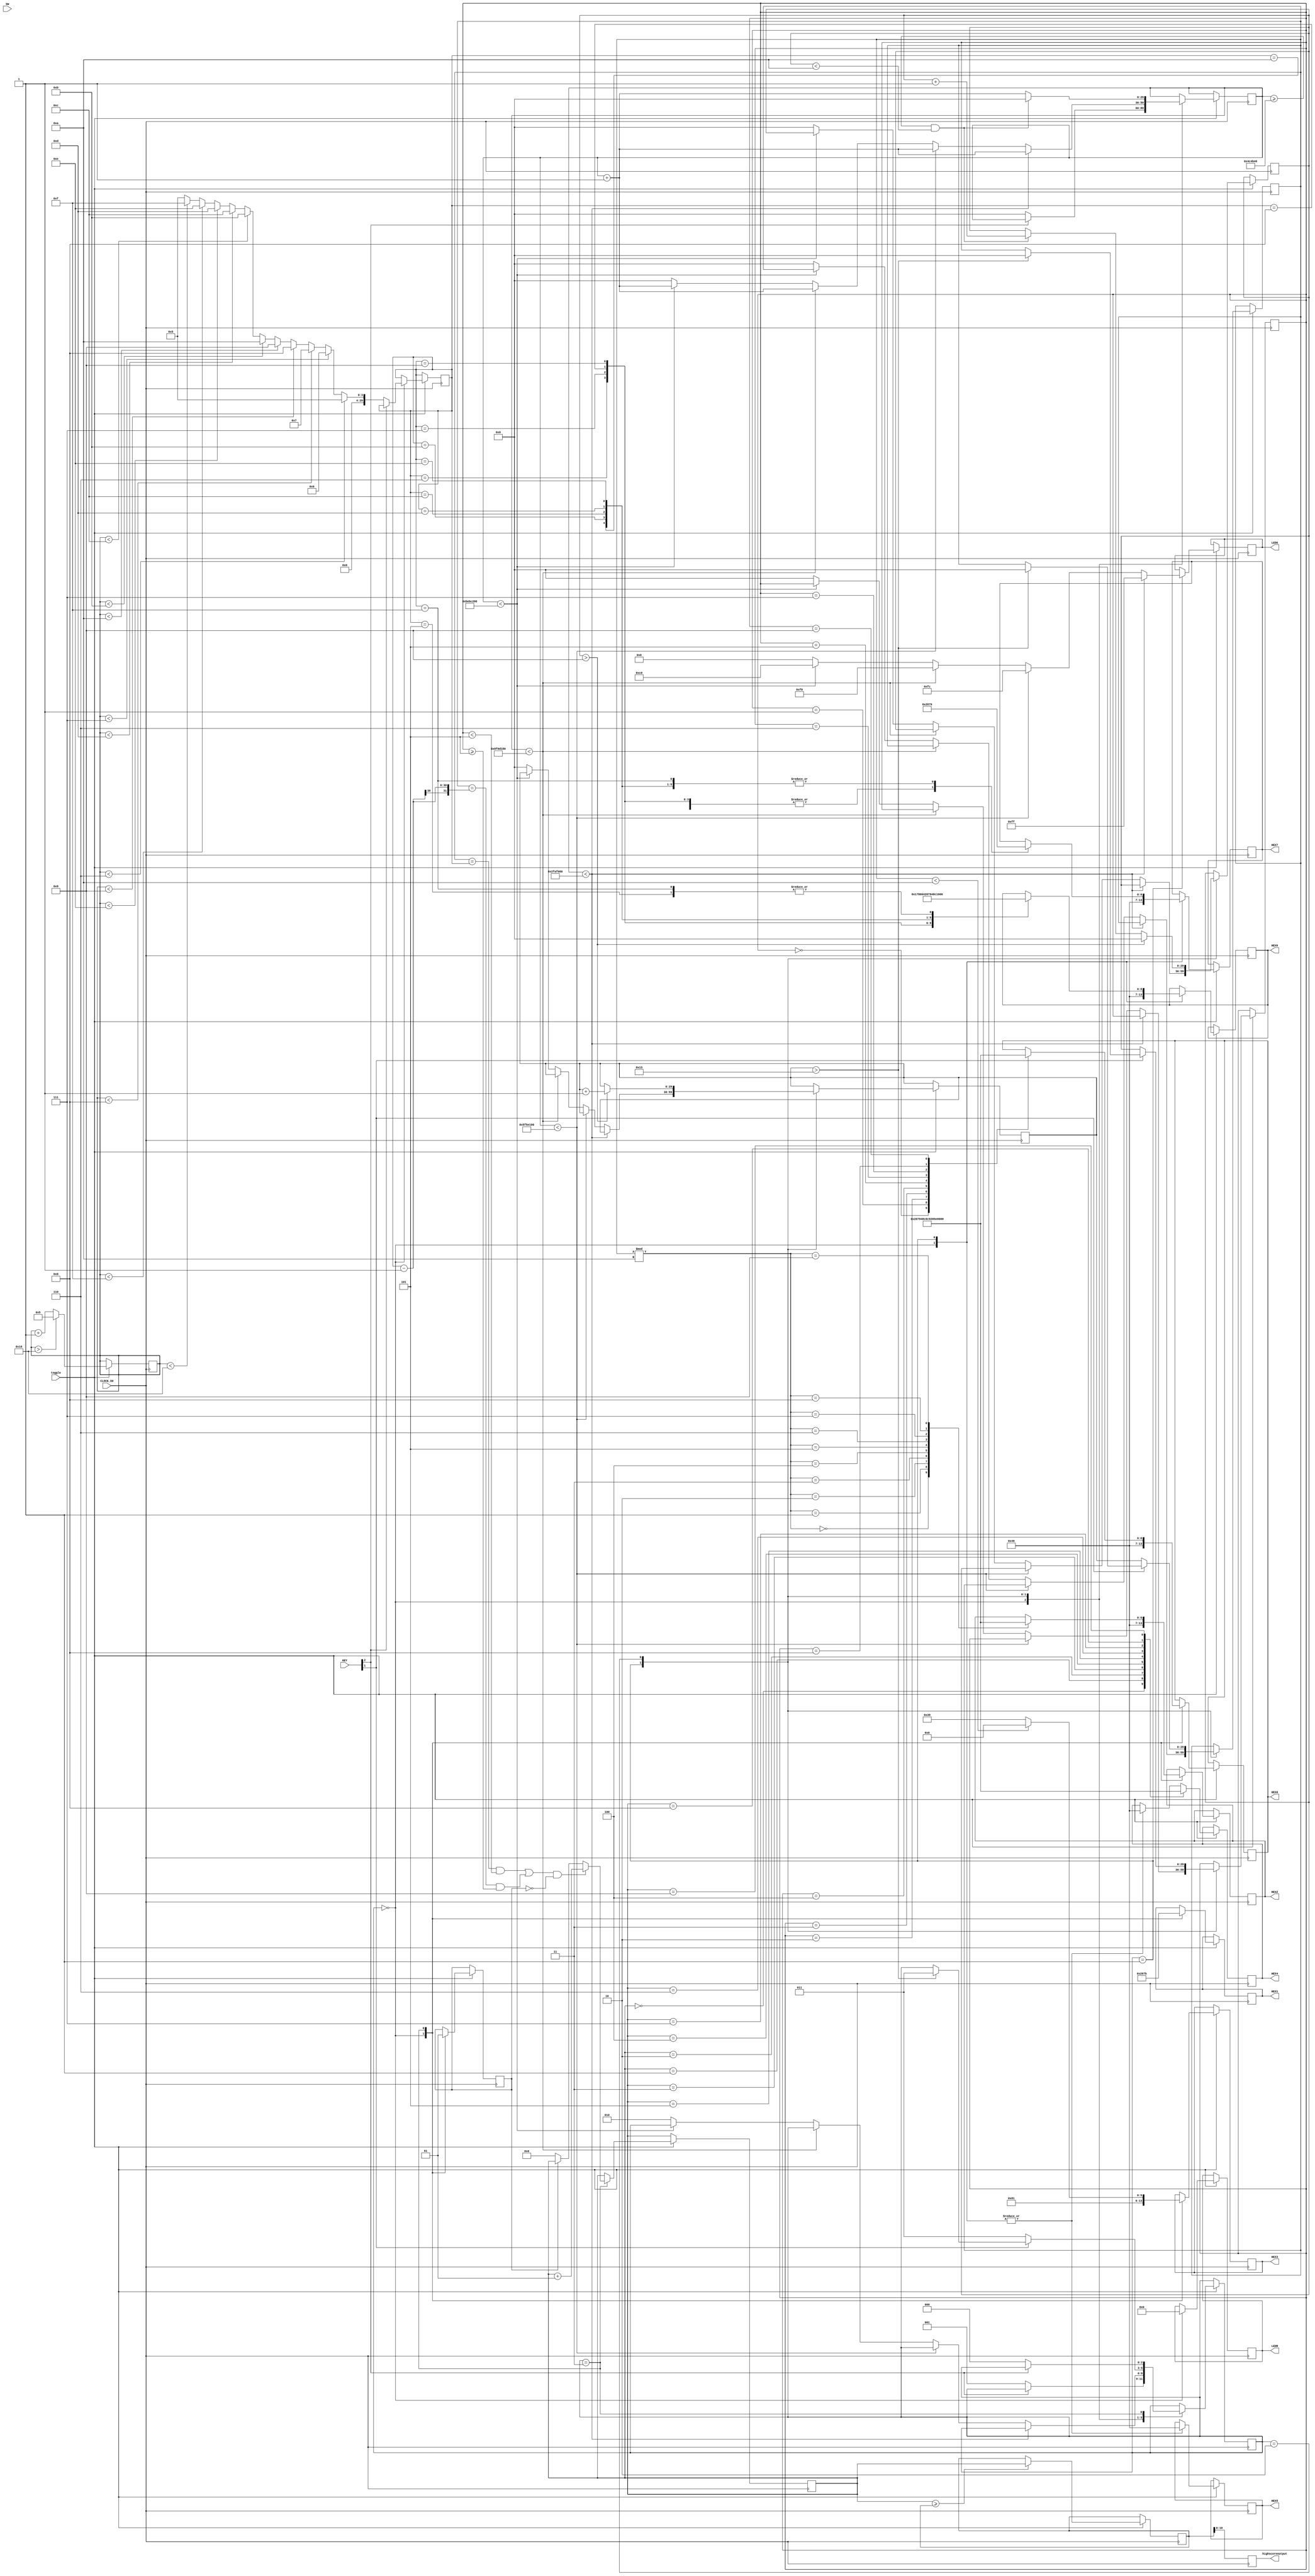
module timegame(CLOCK_50, SW, LEDR, LEDG, KEY, HEX0, HEX1, HEX2, HEX3, HEX4, HEX5, HEX6, HEX7, toggle, highscoreoutput);
input[3:0] KEY;
input[17:0] SW;
input toggle;
input CLOCK_50;
output reg [7:0] LEDG;
output reg [17:0] LEDR;
output reg[6:0] HEX0, HEX1, HEX2, HEX3, HEX4, HEX5, HEX6, HEX7;
wire [4:0] rng;
integer pattern = 0;
output reg [10:0] highscoreoutput;
integer next = 0;
integer highscore = 0;
reg [29:0] value, psec, pmsec, ptotal;
reg [29:0] rngclk = 5, clk, clks, clkms, clktotal;
reg start = 1;
reg run;
integer win = 0;
reg [5:0] timer = 0;
reg game;
integer loss = 0;
reg [2:0] state = 0;
parameter IDLE = 0, START = 1, TIMING = 2, END = 3; 

always @ (posedge CLOCK_50) begin

	highscoreoutput <= highscore;
	
	if(toggle) begin
	
	//"RANDOMIZER" CLOCK
	rngclk <= rngclk + 1;
		
	if(rngclk > 16) begin
		rngclk <= 5;
	end
	//	

	case(state)
	
		IDLE: begin
			LEDR <= 0;
			HEX7 <= 7'b1000000;
			HEX6 <= 7'b1000000;
			HEX5 <= 7'b1000000;
			HEX4 <= 7'b1000000;
			HEX3 <= 7'b1000000;
			HEX2 <= 7'b1000000;
			HEX1 <= 7'b1000000;
			HEX0 <= 7'b1000000;
			game <= 0;
			
			if(~KEY[2]) begin
				clk <= 0;
				
				if(rngclk < 6) begin
					value <= 5;
				end else if(rngclk < 7) begin
					value <= 6;
				end else if(rngclk < 8) begin
					value <= 7;
				end else if(rngclk < 9) begin
					value <= 8;
				end else if(rngclk < 10) begin
					value <= 9;
				end else if(rngclk < 11) begin
					value <= 10;
				end else if(rngclk < 12) begin
					value <= 11;
				end else if(rngclk < 13) begin
					value <= 12;
				end else if(rngclk < 14) begin
					value <= 13;
				end else if(rngclk < 15) begin
					value <= 14;
				end else if(rngclk < 16) begin
					value <= 15;
				end else begin
					value <= 5;
				end
				
				state <= START;
				
			end
		end
		
		START: begin
			//START CLOCK
			clk <= clk + 1;
			
			//COUNTDOWN
			if(clk < 50000000) begin
				LEDG <= 8'b11111111;
			end else if (clk < 100000000) begin
				LEDG <= 8'b11111100;
			end else if (clk < 150000000) begin
				LEDG <= 8'b11110000;
			end else if(clk < 200000000) begin
				LEDG <= 8'b11000000;
			end else begin
				LEDG <= 8'b00000000;
				state <= TIMING;
				clk <= 0;
				clks <= 0;
				clkms <= 0;
				clktotal <= 0;
				psec <= 0;
				pmsec <= 0;
				ptotal <= 0;
			end
			
			//Display Number
			HEX5 <= 7'b1000000;
			HEX4 <= 7'b1000000;
			case(value)
				5: begin
					HEX7 <= 7'b1000000;
					HEX6 <= 7'b0010010;
				end
				6: begin
					HEX7 <= 7'b1000000;
					HEX6 <= 7'b0000010;
				end
				7: begin
					HEX7 <= 7'b1000000;
					HEX6 <= 7'b1111000;
				end
				8: begin
					HEX7 <= 7'b1000000;
					HEX6 <= 7'b0000000;
				end
				9: begin
					HEX7 <= 7'b1000000;
					HEX6 <= 7'b0010000;	
				end
				10: begin
					HEX7 <= 7'b1111001;
					HEX6 <= 7'b1000000;
				end
				11: begin
					HEX7 <= 7'b1111001;
					HEX6 <= 7'b1111001;
				end
				12: begin
					HEX7 <= 7'b1111001;
					HEX6 <= 7'b0100100;
				end
				13: begin
					HEX7 <= 7'b1111001;
					HEX6 <= 7'b0110000;
				end
				14: begin
					HEX7 <= 7'b1111001;
					HEX6 <= 7'b0011001;
				end
				15: begin
					HEX7 <= 7'b1111001;
					HEX6 <= 7'b0010010;
				end
			endcase
			
		end
		
		TIMING: begin
			
			clk <= clk + 1;
			
			if(clk >= 5000000 && clkms < 10) begin
				clkms <= clkms + 1;
				clk <= 0;
			end
			
			//begin second counter (first digit)
			if(clkms > 9) begin
				clks <= clks + 1;
				clkms <= 0;
			end
			
			if(clks > 19) begin
				state <= END;
				psec <= 0;
				pmsec <= 0;
			end
			
			if(~KEY[1]) begin
				state <= END;
				psec <= clks;
				pmsec <= clkms;
			end
		end
		
		END: begin
			
			if(psec < 10)begin
				HEX3 <= 7'b1000000;
			end else begin
				HEX3 <= 7'b1111001;
			end
			
			case(psec%10) 
				0: HEX2 <= 7'b1000000;
				1: HEX2 <= 7'b1111001;
				2: HEX2 <= 7'b0100100;
				3: HEX2 <= 7'b0110000;
				4: HEX2 <= 7'b0011001;
				5: HEX2 <= 7'b0010010;
				6: HEX2 <= 7'b0000010;
				7: HEX2 <= 7'b1111000;
				8: HEX2 <= 7'b0000000;
				9: HEX2 <= 7'b0010000;
			endcase
			
			HEX1 <= 7'b1111011;
			
			case(pmsec)
				0: HEX0 <= 7'b1000000;
				1: HEX0 <= 7'b1111001;
				2: HEX0 <= 7'b0100100;
				3: HEX0 <= 7'b0110000;
				4: HEX0 <= 7'b0011001;
				5: HEX0 <= 7'b0010010;
				6: HEX0 <= 7'b0000010;
				7: HEX0 <= 7'b1111000;
				8: HEX0 <= 7'b0000000;
				9: HEX0 <= 7'b0010000;
			endcase
			
			if(((psec == value && pmsec < 5) || (psec == value - 1 && pmsec >= 5)) && game == 0) begin
				game <= 1;
				win <= win + 1;
			end else if (game == 0) begin 
				win <= 0;
				game <= 1;
			end	
				
			if(~KEY[2]) begin
				state <= IDLE;
			end
		end
		
	endcase
	
	case(win)
		0: HEX4 <= 7'b1000000;
		1: HEX4 <= 7'b1111001;
		2: HEX4 <= 7'b0100100;
		3: HEX4 <= 7'b0110000;
		4: HEX4 <= 7'b0011001;
		5: HEX4 <= 7'b0010010;
		6: HEX4 <= 7'b0000010;
		7: HEX4 <= 7'b1111000;
		8: HEX4 <= 7'b0000000;
		9: HEX4 <= 7'b0010000;
	endcase
	
	if(win >= highscore) begin
		highscore <= win;
	end
	
	end //END TOGGLE
end


endmodule